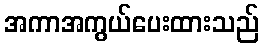
အကာအကွယ်ပေးထားသည်